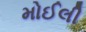
મોઈલી